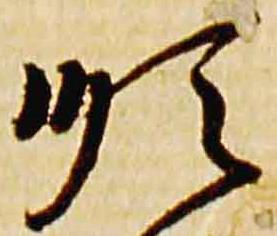
順